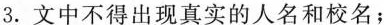
3.文中不得出现真实的人名和校名;